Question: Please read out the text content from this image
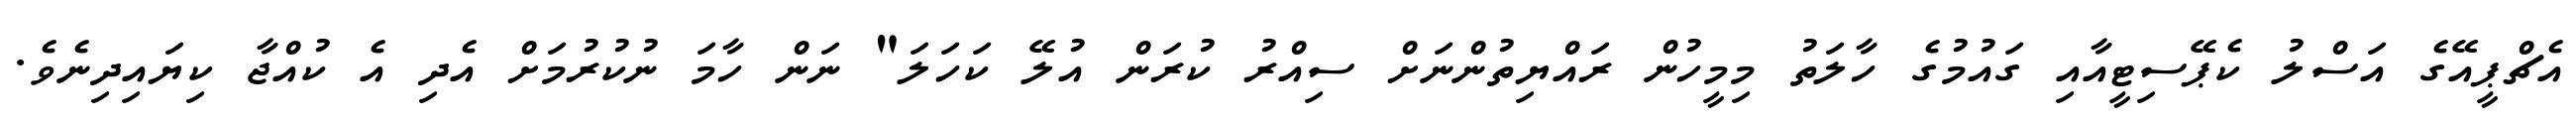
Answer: އެޗްޕީއޭގެ އަސްލު ކެޕޭސިޓީއާއި ގައުމުގެ ހާލަތު މިމީހުން ރައްޔިތުންނަށް ސިއްރު ކުރަން އުލޭ ކަހަލަ" ނަން ހާމަ ނުކުރުމަށް އެދި އެ ކުއްޖާ ކިޔައިދިނެވެ.